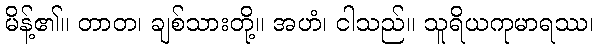
မိန့်၏။ တာတ၊ ချစ်သားတို့။ အဟံ၊ ငါသည်။ သူရိယကုမာရဿ၊